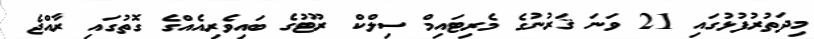
މިދަތުރުފުޅުގައި 21 ވަނަ ޤަރުނުގެ މެރިޓައިމް ސިލްކް ރޫޓުގެ ބައިވެރިއެއްގެ ގޮތުގައި ރާއްޖެ